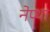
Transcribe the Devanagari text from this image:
नेप्था